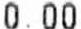
0.00